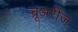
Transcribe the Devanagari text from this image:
ब्रूअरीज